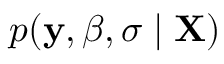
p ( \mathbf { y } , { \boldsymbol { \beta } } , \sigma \mid \mathbf { X } )